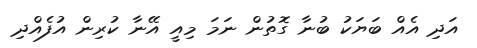
އަދި އެއް ބަޔަކު ބުނާ ގޮތުން ނަމަ މިއީ އޭނާ ކުރިން އުފެއްދި